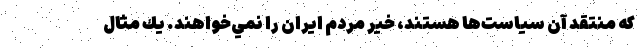
كه منتقد آن سياست‌ها هستند، خير مردم ايران را نمي‌خواهند. يك مثال